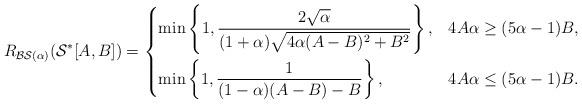
LaTeX: \begin{align*}R_{\mathcal{BS}(\alpha)}(\mathcal{S^{*}}[A,B])&=\begin{dcases}\min \left\{1,\dfrac{2\sqrt{\alpha}}{(1+\alpha)\sqrt{4\alpha (A-B)^2 +B^2}}\right\},& 4A \alpha \geq (5\alpha-1)B, \\\min \left\{1,\dfrac{1}{(1-\alpha)(A-B)-B}\right\}, & 4A \alpha\leq (5\alpha-1)B.\end{dcases}\end{align*}